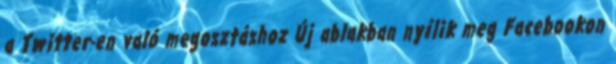
a Twitter-en való megosztáshoz Új ablakban nyílik meg Facebookon